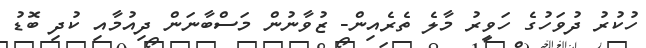
ހުކުރު ދުވަހުގެ ހަވީރު މާލެ ތެރެއިން- ޒުވާނުން މަސްބާނަން ދިއުމާއި ކުދި ބޮޑު